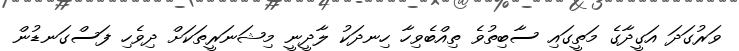
ވަރުގަދަ އަގީދާގެ މަތީގައި ސާބިތުވެ ތިއްބެވިހާ ހިނދަކު ލާދީނީ މިޝަނަރީތަކަށް ދިވެހި ފަސްގަނޑުން